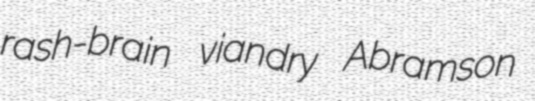
rash-brain viandry Abramson